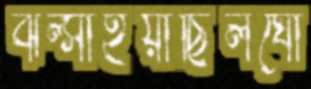
ঝল্‌সাইয়াছিলঘো